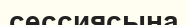
сессиясына